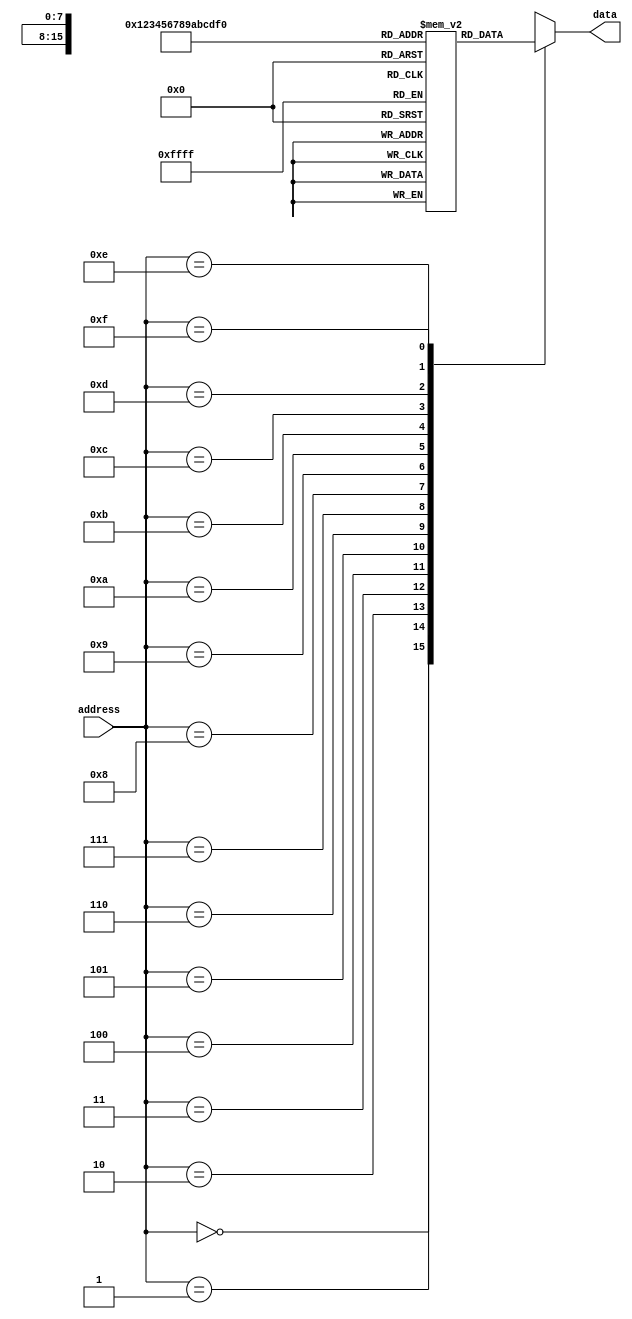
module rom (
  input [3:0] address,
  output reg [7:0] data
);

reg [7:0] memory[0:15];

initial
begin
  // Initialize ROM data
  memory[0] = 8'b00000000;
  memory[1] = 8'b00000001;
  memory[2] = 8'b00000010;
  memory[3] = 8'b00000011;
  memory[4] = 8'b00000100;
  memory[5] = 8'b00000101;
  memory[6] = 8'b00000110;
  memory[7] = 8'b00000111;
  memory[8] = 8'b00001000;
  memory[9] = 8'b00001001;
  memory[10] = 8'b00001010;
  memory[11] = 8'b00001011;
  memory[12] = 8'b00001100;
  memory[13] = 8'b00001101;
  memory[14] = 8'b00001110;
  memory[15] = 8'b00001111;
end

always @ (address)
begin
  case(address)
    4'd0: data <= memory[0];
    4'd1: data <= memory[1];
    4'd2: data <= memory[2];
    4'd3: data <= memory[3];
    4'd4: data <= memory[4];
    4'd5: data <= memory[5];
    4'd6: data <= memory[6];
    4'd7: data <= memory[7];
    4'd8: data <= memory[8];
    4'd9: data <= memory[9];
    4'd10: data <= memory[10];
    4'd11: data <= memory[11];
    4'd12: data <= memory[12];
    4'd13: data <= memory[13];
    4'd14: data <= memory[14];
    4'd15: data <= memory[15];
    default: data <= 8'b00000000;
  endcase
end

endmodule